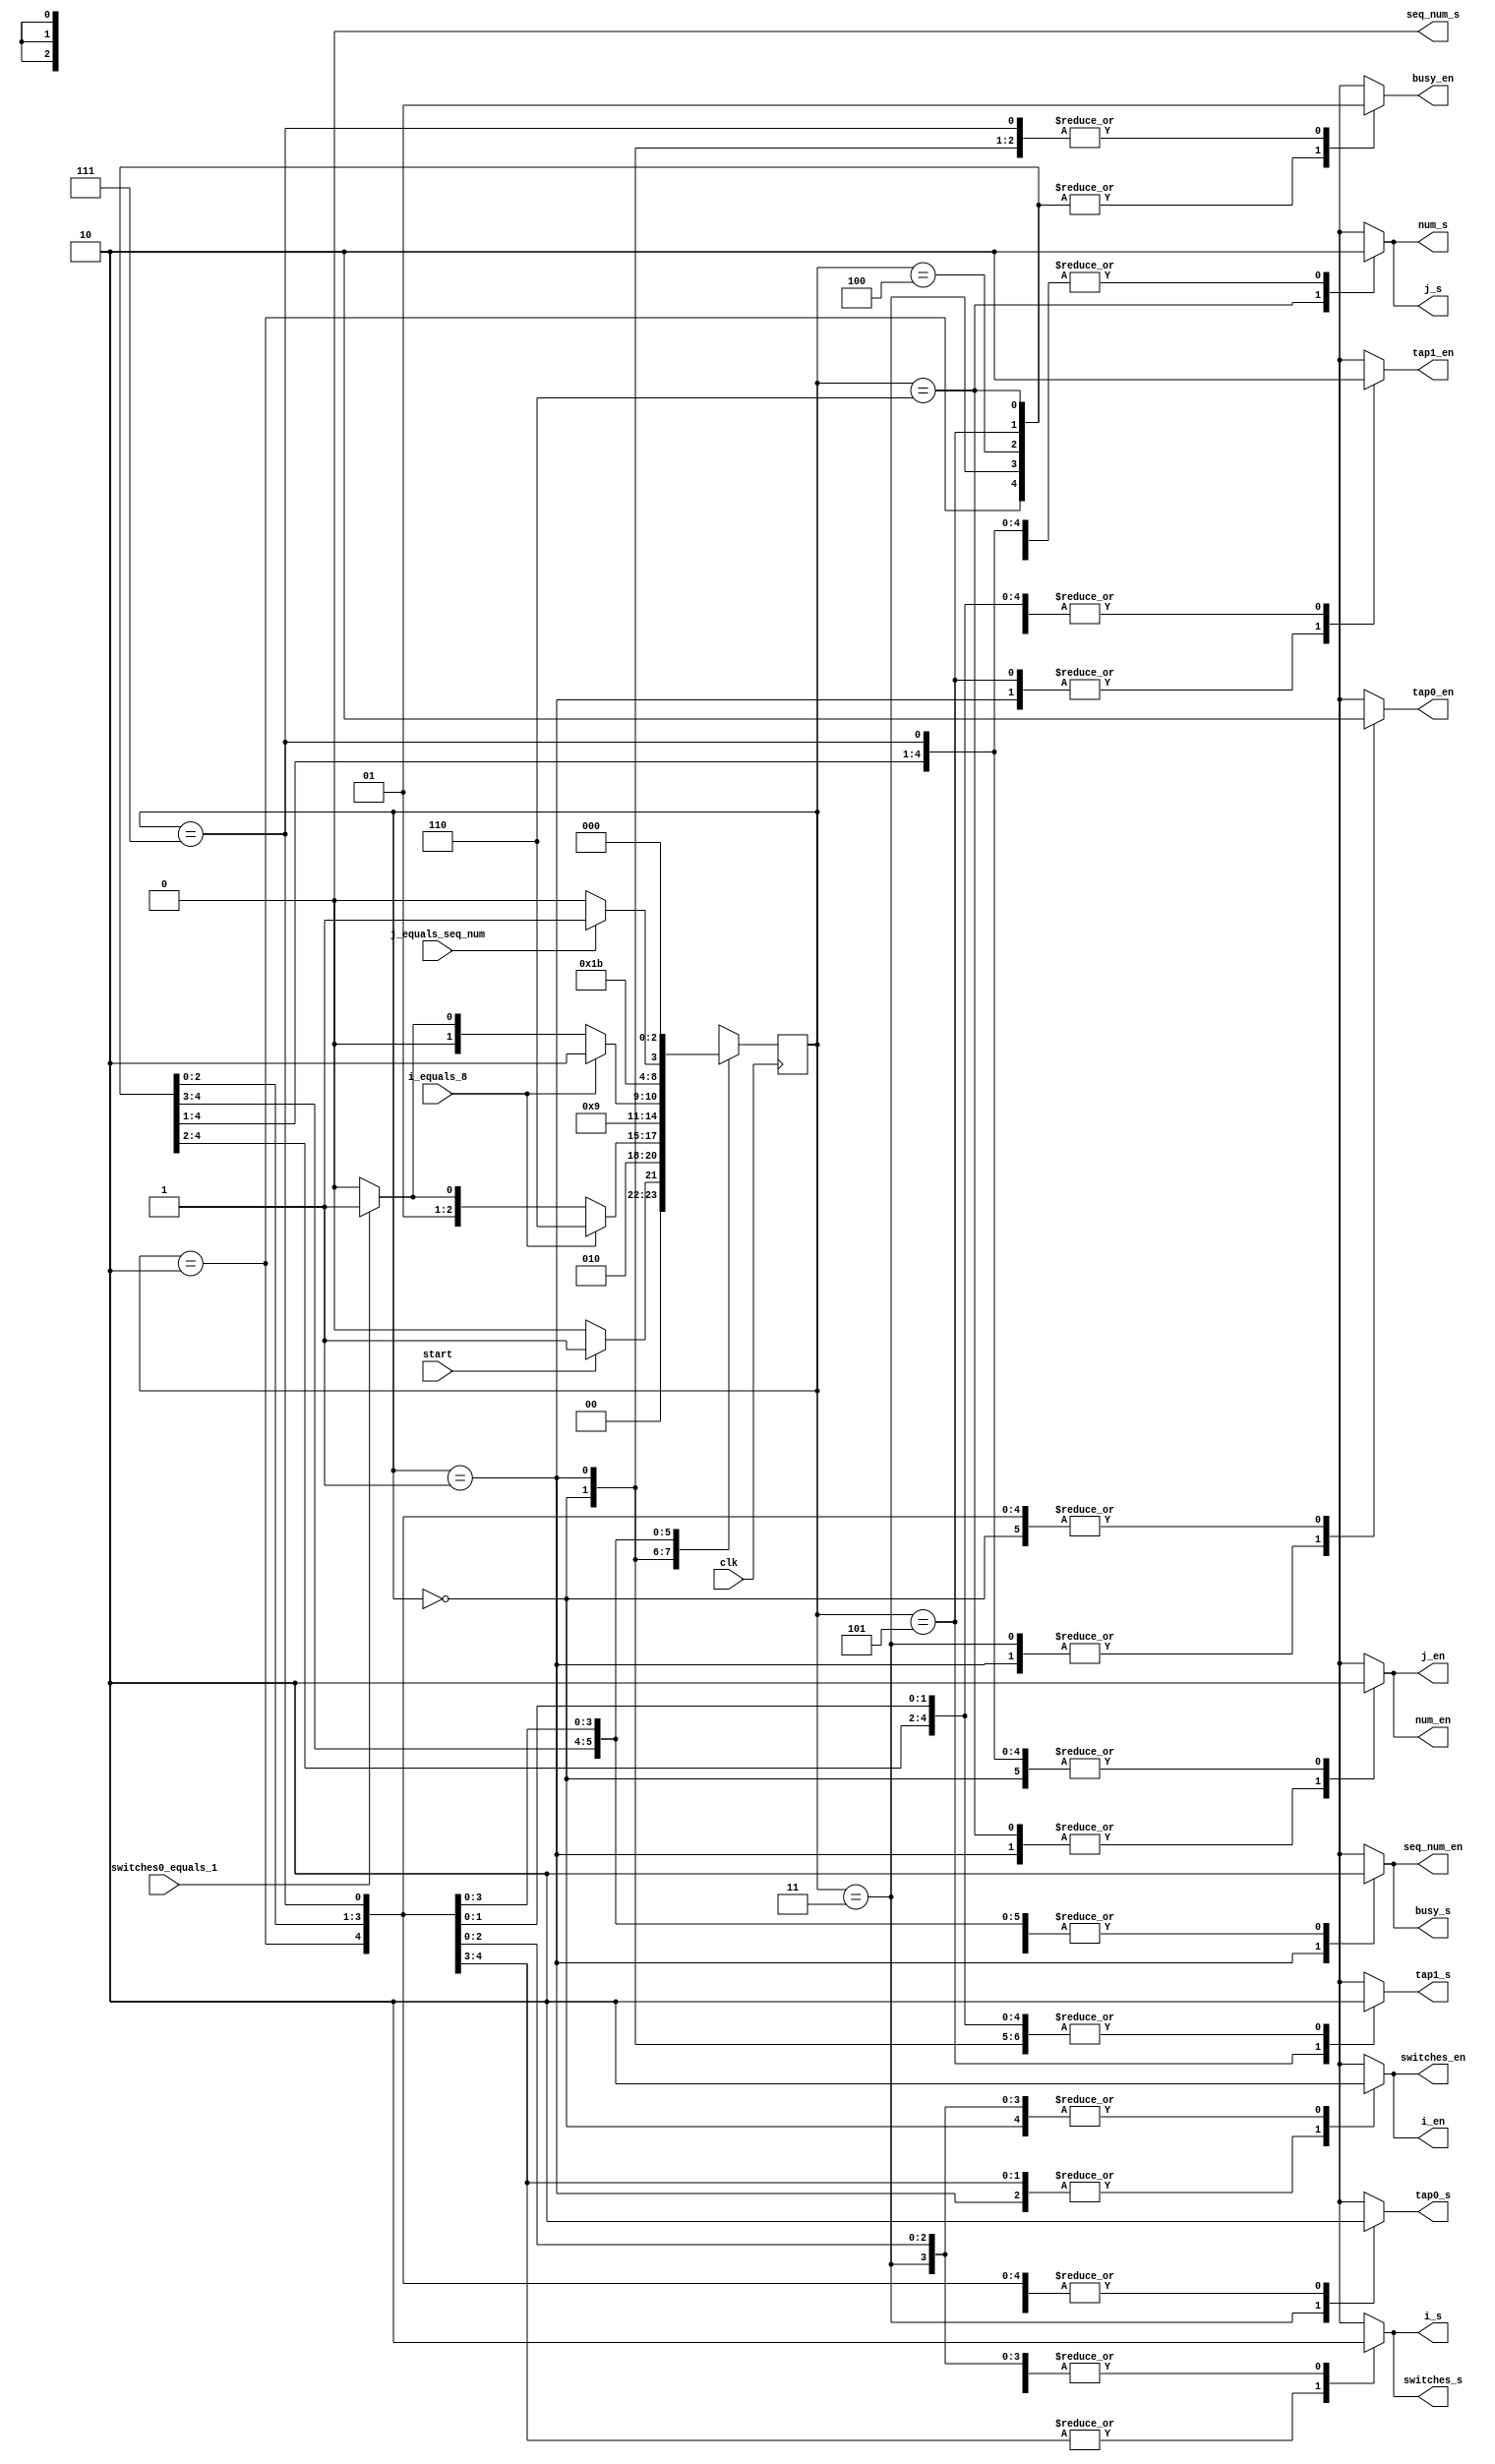
/*****************************************
Project Name: Cool Ranch

Varun Taneja | vtaneja@nd.edu

Brendan McGinn | bmcginn2@nd.edu

Sean Froning | sfroning@nd.edu

Antonio Karam | akaram@nd.edu

Our final project is an implementant of a Linear Shift Feedback Register (LSFR) in verilog.

An LSFR acts as a pseudorandom number generator.

inputs: switches [7:0], seq_num [7:0], start

outputs: num[7:0], busy

internal variables: tap0[3:0], tap1[3:0], i[3:0], j[7:0], switch_shift[7:0]

An N-bit linear feedback shift register (LFSR) produces an N-bit pseudo random number.

The pseudorandom number is a product of the LSFR taps and the starting value stored in the registers.

For example, in L17, the registers were initialized to 0001 and the taps were on q[3] and q[0].

The verilog emulates as if the inputs were switches on an FGPA board, from SW0 - SW15.

******************************************/

module pseudo_controller_2 (
	input      clk,
	input      start,
	input      i_equals_8,
	input      switches0_equals_1,
	input      j_equals_seq_num,
	output reg busy_en,
	output reg busy_s,
	output reg num_en,
	output reg num_s,
	output reg i_en,
	output reg i_s,
	output reg j_en,
	output reg j_s,
	output reg tap0_en,
	output reg tap0_s,
	output reg tap1_en,
	output reg tap1_s,
	output reg switches_en,
	output reg switches_s,
	output reg seq_num_en,
	output reg seq_num_s
	);
	
	parameter WAIT          = 5'd0;
	parameter INIT          = 5'd1;
	parameter FIND_TAP0     = 5'd2;
	parameter UPDATE_TAP0   = 5'd3;
	parameter FIND_TAP1     = 5'd4;
	parameter UPDATE_TAP1   = 5'd5;
	parameter CALCULATE     = 5'd6;
	parameter FINISH        = 5'd7;
	
	reg [2:0] state = WAIT;
	reg [2:0] next_state;
	
	always @(posedge clk)
		state <= next_state;
		
	always @(*) begin
		busy_en     = 0;
		busy_s      = 0;
		i_en        = 0;
		i_s         = 0;
		j_en        = 0;
		j_s         = 0;
		num_en      = 0;
		num_s       = 0;
		tap0_en     = 0;
		tap0_s      = 0;
		tap1_en     = 0;
		tap1_s      = 0;
		switches_en = 0;
		switches_s  = 0;
		seq_num_en  = 0;
		seq_num_s   = 0;
		
		case (state)
	
			WAIT:	begin
				busy_en = 1;
				if (start)
					next_state = INIT;
				else
					next_state = WAIT;
			end
			
			INIT:	begin
				busy_en     = 1;
				i_en        = 1;
				j_en        = 1;
				num_en      = 1;
				tap0_en     = 1;
				tap1_en     = 1;
				switches_en = 1;
				seq_num_en  = 1;
				busy_s      = 1;
				next_state  = FIND_TAP0;
			end
			
			FIND_TAP0: begin
				i_en        = 1;
				i_s         = 1;
				switches_en = 1;
				switches_s  = 1;
				if (i_equals_8)
					next_state = CALCULATE;
				else if (switches0_equals_1)
					next_state = UPDATE_TAP0;
				else
					next_state = FIND_TAP0;
			end
			
			UPDATE_TAP0: begin
				tap0_en = 1;
				tap0_s  = 1;
				next_state = FIND_TAP1;
			end
			
			FIND_TAP1: begin
				i_en        = 1;
				i_s         = 1;
				switches_en = 1;
				switches_s  = 1;
				if (i_equals_8)
					next_state = CALCULATE;
				else if (switches0_equals_1)
					next_state = UPDATE_TAP1;
				else
					next_state = FIND_TAP1;
			end
			
			UPDATE_TAP1: begin
				tap1_en = 1;
				tap1_s  = 1;
				next_state = CALCULATE;
			end
			
			CALCULATE: begin
				j_en        = 1;
				j_s         = 1;
				num_en      = 1;
				num_s       = 1;
				if (j_equals_seq_num)
					next_state = FINISH;
				else
					next_state = CALCULATE;
			end
			
			FINISH: begin
				busy_en    = 1;
				next_state = WAIT;
			end
			
			default:
				next_state = WAIT;
				
		endcase
	end
	
endmodule
 
 
module pseudo_datapath_2 (
	input clk,
	input [7:0] switches,
	input [7:0] seq_num,
	input busy_en,
	input busy_s,
	input i_en,
	input i_s,
	input j_en,
	input j_s,
	input num_en,
	input num_s,
	input tap0_en,
	input tap0_s,
	input tap1_en,
	input tap1_s,
	input switches_en,
	input switches_s,
	input seq_num_en,
	input seq_num_s,
	output i_equals_8,
	output switches0_equals_1,
	output j_equals_seq_num,
	output reg [7:0] num,
	output reg busy
   );
   
	initial busy = 0;
	
	reg [3:0] i          = -1;
	reg [7:0] j          = 0;
	reg [3:0] tap0 = 0;
	reg [3:0] tap1 = 1;
	reg [7:0] switch_shift;
	
//initial switch_shift = switches;
	
	always @ (posedge clk)
		if (switches_en)
			if (~switches_s)
				switch_shift <= switches;
			else
				switch_shift <= switch_shift >> 1;
 
	
	always @ (posedge clk)
		if (busy_en)
			if (~busy_s)
				busy <= 0;
			else
				busy <= 1;
				
	always @(posedge clk)
		if (i_en)
			if (~i_s)
				i <= -1;
			else
				i <= i + 1;
				
	always @(posedge clk)
		if (j_en)
			if (~j_s)
				j <= 0;
			else
				j <= j + 1;
				
	always @(posedge clk)
		if (tap0_en)
			if (~tap0_s)
				tap0 <= 1;
			else
				tap0 <=i;
				
	always @(posedge clk)
		if (tap1_en)
			if (~tap1_s)
				tap1 <= 0;
			else
				tap1 <=i;
				
	always @(posedge clk)
		if (num_en)
			if (~num_s)
				num <= 1;
			else
				num <= {num[6:0], num[tap0] ^ num[tap1]};
				
	assign i_equals_8 = (i == 8);
	assign switches0_equals_1 = (switch_shift[0] == 1);
	assign j_equals_seq_num = (j == seq_num);
	
endmodule
 
 
module pseudo_2 (
	input         clk,
   	input         start,
	input [7:0]   sw_in,
	input [7:0]   seq_num,
	output [7:0]  num,
   	output        busy
);
	
	wire busy_en;
	wire busy_s;
	wire i_en;
	wire i_s;
	wire j_en;
	wire j_s;
	wire num_en;
	wire num_s;
	wire tap0_en;
	wire tap0_s;
	wire tap1_en;
	wire tap1_s;
	wire switches_en;
	wire switches_s;
	wire seq_num_en;
	wire seq_num_s;
	wire i_equals_8;
	wire switches0_equals_1;
	wire j_equals_seq_num;
	
	pseudo_controller_2 controller (
		.clk          (clk),
		.start        (start),
		.busy_en      (busy_en),
		.busy_s       (busy_s),
		.num_en       (num_en),
		.num_s        (num_s),
		.i_en         (i_en),
		.i_s          (i_s),
		.j_en			  (j_en),
		.j_s			  (j_s),
		.tap0_en      (tap0_en),
		.tap0_s       (tap0_s),
		.tap1_en      (tap1_en),
		.tap1_s       (tap1_s),
		.switches_en  (switches_en),
		.switches_s   (switches_s),
		.seq_num_en   (seq_num_en),
		.seq_num_s    (seq_num_s),
		.i_equals_8         (i_equals_8),
		.switches0_equals_1 (switches0_equals_1),
		.j_equals_seq_num   (j_equals_seq_num)
	);
	
	pseudo_datapath_2 datapath (
		.clk                (clk),
		.switches           (sw_in),
		.seq_num            (seq_num),
		.busy_en            (busy_en),
		.busy_s             (busy_s),
		.num_en             (num_en),
		.num_s              (num_s),
		.i_en               (i_en),
		.i_s                (i_s),
		.j_en               (j_en),
		.j_s                (j_s),
		.tap0_en            (tap0_en),
		.tap0_s             (tap0_s),
		.tap1_en            (tap1_en),
		.tap1_s             (tap1_s),
		.switches_en        (switches_en),
		.switches_s         (switches_s),
		.seq_num_en         (seq_num_en),
		.seq_num_s          (seq_num_s),
		.i_equals_8         (i_equals_8),
		.switches0_equals_1 (switches0_equals_1),
		.j_equals_seq_num   (j_equals_seq_num),
		.num                (num),
		.busy               (busy)
	);
	
endmodule